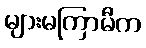
များမကြာမီက